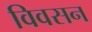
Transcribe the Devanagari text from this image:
विवसन